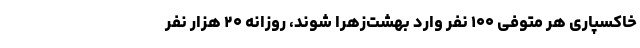
خاکسپاری هر متوفی ۱۰۰ نفر وارد بهشت‌زهرا شوند، روزانه ۲۰ هزار نفر